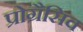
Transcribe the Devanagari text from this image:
प्रोग्रैसिव